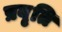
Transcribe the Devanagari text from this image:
प्रवृ्ति